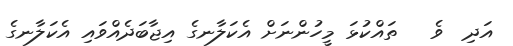
އަދި  ވެ   ތައްކުޅަ މީހުންނަށް އެކަލާނގެ އިޖާބަދެއްވައި އެކަލާނގެ